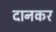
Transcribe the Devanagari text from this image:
दानकर